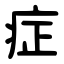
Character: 症